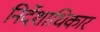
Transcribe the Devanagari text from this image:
निर्देशाधिकार